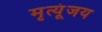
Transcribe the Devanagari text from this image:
मृत्यूंजय